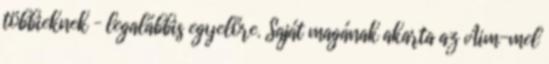
többieknek – legalábbis egyelőre. Saját magának akarta az Aim-mel